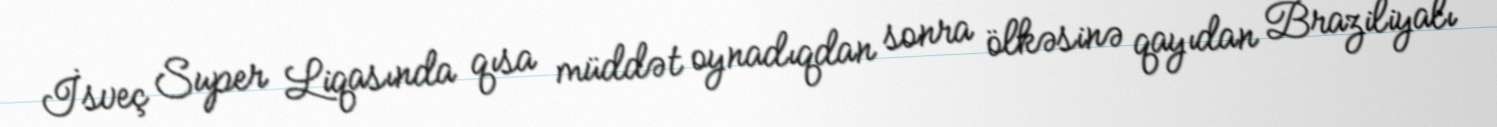
İsveç Super Liqasında qısa müddət oynadıqdan sonra ölkəsinə qayıdan Braziliyalı